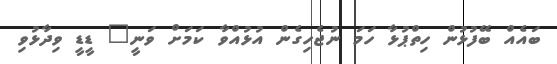
ބައެއް ބޭފުޅުން ހިތްޕުޅާ ހަމަ ނުޖެހިގެން އުޅުއްވާ ކަމަށް ވަނީ" ޑީޑީ ވިދާޅުވި